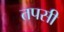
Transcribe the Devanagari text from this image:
तपसी